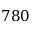
7 8 0